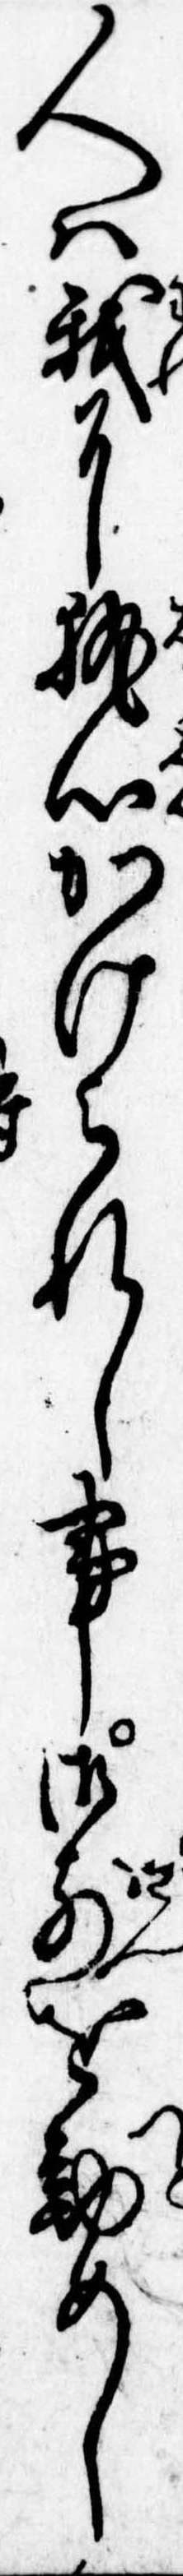
人は我に執心かけられし事御前を勤めし